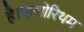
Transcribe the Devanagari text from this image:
है।एल्गोरिथम